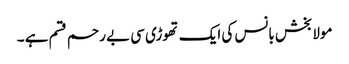
مولابخش بانس کی ایک تھوڑی سی بے رحم قسم ہے ۔